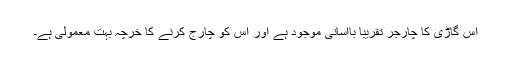
اس گاڑی کا چارجر تقریباً باآسانی موجود ہے اور اس کو چارج کرنے کا خرچہ بہت معمولی ہے۔